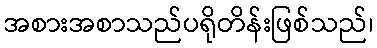
အစားအစာသည်ပရိုတိန်းဖြစ်သည်၊